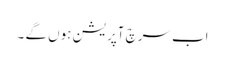
اب سرچ آپریشن ہوں گے ۔